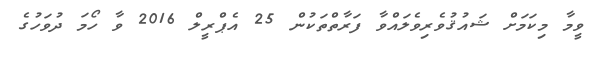
ވީމާ މިކަމަށް ޝައުޤުވެރިވެލައްވާ ފަރާތްތަކުން 25 އެޕްރީލް 2016 ވާ ހޯމަ ދުވަހުގެ